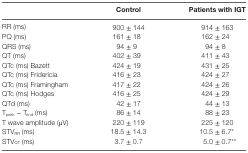
<table><thead><tr><td></td><td><b>Control</b></td><td><b>Patients with IGT</b></td></tr></thead><tbody><tr><td>RR (ms)</td><td>900 ± 144</td><td>914 ± 163</td></tr><tr><td>PQ (ms)</td><td>161 ± 18</td><td>162 ± 24</td></tr><tr><td>QRS (ms)</td><td>94 ± 9</td><td>94 ± 8</td></tr><tr><td>QT (ms)</td><td>402 ± 39</td><td>411 ± 43</td></tr><tr><td>QTc (ms) Bazett</td><td>424 ± 19</td><td>431 ± 25</td></tr><tr><td>QTc (ms) Fridericia</td><td>416 ± 23</td><td>424 ± 27</td></tr><tr><td>QTc (ms) Framingham</td><td>417 ± 22</td><td>424 ± 26</td></tr><tr><td>QTc (ms) Hodges</td><td>416 ± 25</td><td>424 ± 29</td></tr><tr><td>QTd (ms)</td><td>42 ± 17</td><td>44 ± 13</td></tr><tr><td>T<sub>peak</sub> − T<sub>end</sub> (ms)</td><td>86 ± 14</td><td>88 ± 23</td></tr><tr><td>T wave amplitude (μV)</td><td>220 ± 119</td><td>225 ± 120</td></tr><tr><td>STV<sub>RR</sub> (ms)</td><td>18.5 ± 14.3</td><td>10.5 ± 6.7*</td></tr><tr><td>STV<sub>QT</sub> (ms)</td><td>3.7 ± 0.7</td><td>5.0 ± 0.7**</td></tr></tbody></table>